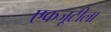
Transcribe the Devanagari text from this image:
एकजूटीला